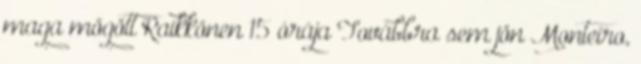
maga mögött Raikkönen 15 órája Továbbra sem jön Monteiro,